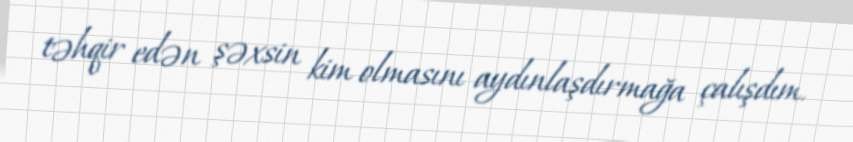
təhqir edən şəxsin kim olmasını aydınlaşdırmağa çalışdım.